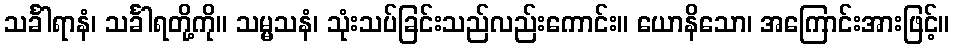
သင်္ခါရာနံ၊ သင်္ခါရတို့ကို။ သမ္မသနံ၊ သုံးသပ်ခြင်းသည်လည်းကောင်း။ ယောနိသော၊ အကြောင်းအားဖြင့်။